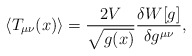
\begin{align*} \langle T_{\mu \nu}(x)\rangle = \frac{2V}{\sqrt{g(x)}} \frac{\delta W[g]}{\delta g^{\mu\nu}},\end{align*}